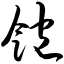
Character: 饱